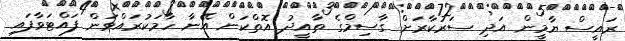
ރައީސް ޔާމީން އަދި ސަރުކާރަށް ގާސިމްގެ ތާއީދު އޮތްކަން އޭނާ ހާމަކުރައްވަން ފައްޓަވާފައި